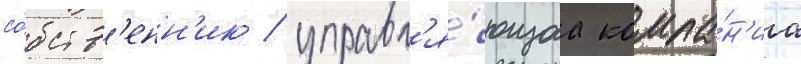
со́бств'енн'ик / управл'я́ющаа компа́н'иа